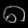
Digit: ၈